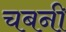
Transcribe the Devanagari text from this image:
चबनी